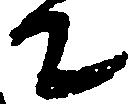
て